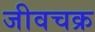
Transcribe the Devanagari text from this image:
जीवचक्र